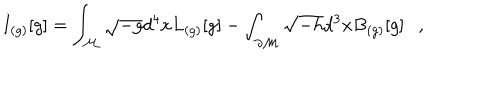
LaTeX: I _ { ( g ) } [ g ] = \int _ { \cal M } \sqrt { - g } d ^ { 4 } x L _ { ( g ) } [ g ] - \int _ { \partial { \cal M } } \sqrt { - h } d ^ { 3 } x B _ { ( g ) } [ g ] ,